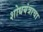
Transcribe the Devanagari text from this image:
शोधयंत्राचा